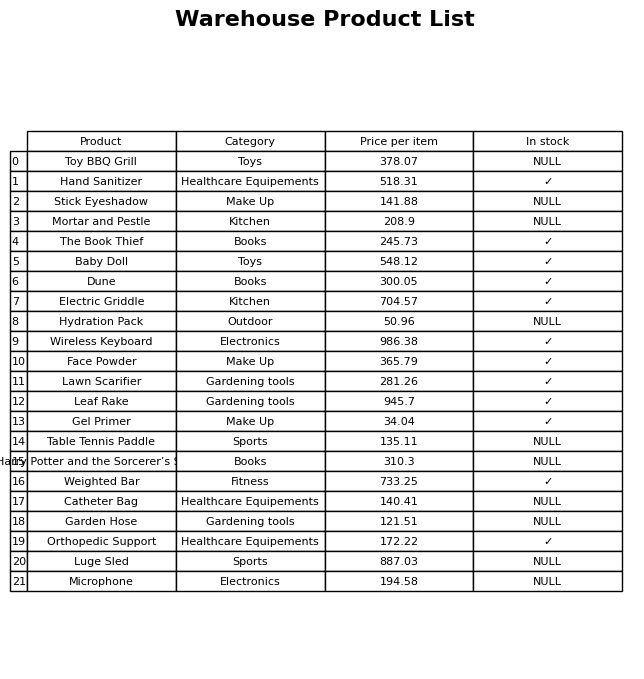
question: What is the stock status of the Toy BBQ Grill?
answer: NULL